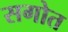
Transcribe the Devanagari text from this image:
सगोत